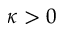
\kappa > 0